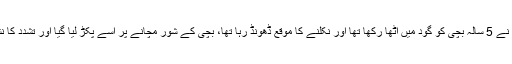
عینی شاہدین کا کہنا ہے کہ چوکیدار عیدو نے 5 سالہ بچی کو گود میں اٹھا رکھا تھا اور نکلنے کا موقع ڈھونڈ رہا تھا، بچی کے شور مچانے پر اسے پکڑ لیا گیا اور تشدد کا نشانہ بنا کر رینجرز کے حوالے کردیا گیا۔